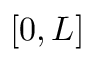
\lbrack 0 , L \rbrack